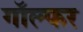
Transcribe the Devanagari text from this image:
गॉल्फर